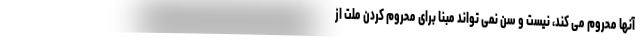
آنها محروم می کند، نیست و سن نمی تواند مبنا برای محروم کردن ملت از